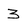
Character: 3